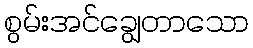
စွမ်းအင်ချွေတာသော